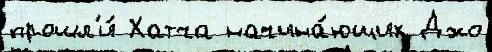
прошл'и́ Хатча начина́ющих Джо